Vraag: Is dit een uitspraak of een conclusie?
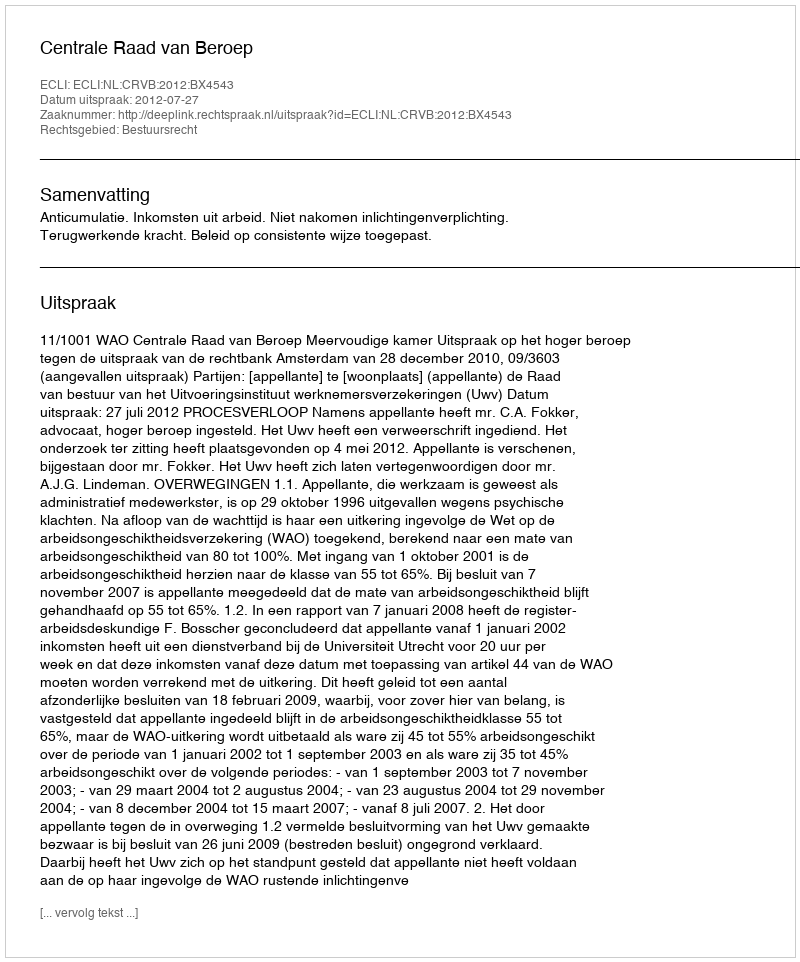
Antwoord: Uitspraak